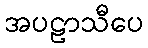
အပဠာသီပေ